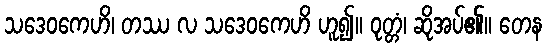
သဒေဝကေဟိ၊ တဿ လ သဒေဝကေဟိ ဟူ၍။ ဝုတ္တံ၊ ဆိုအပ်၏။ တေန